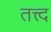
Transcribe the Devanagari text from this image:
तत्त्द